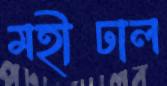
মহীঢাল